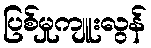
ပြစ်မှုကျူးလွန်